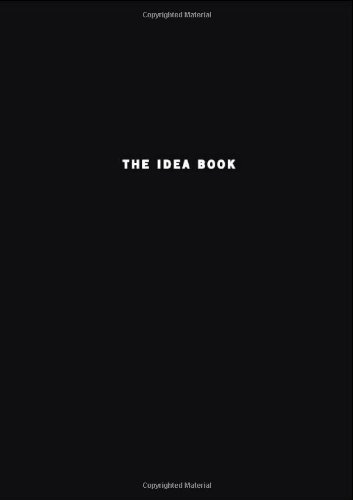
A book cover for The Idea Book; Fredrik Haren; Business & Money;